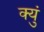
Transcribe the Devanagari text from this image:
क्युं